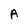
Character: A